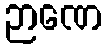
ဉာဏေ